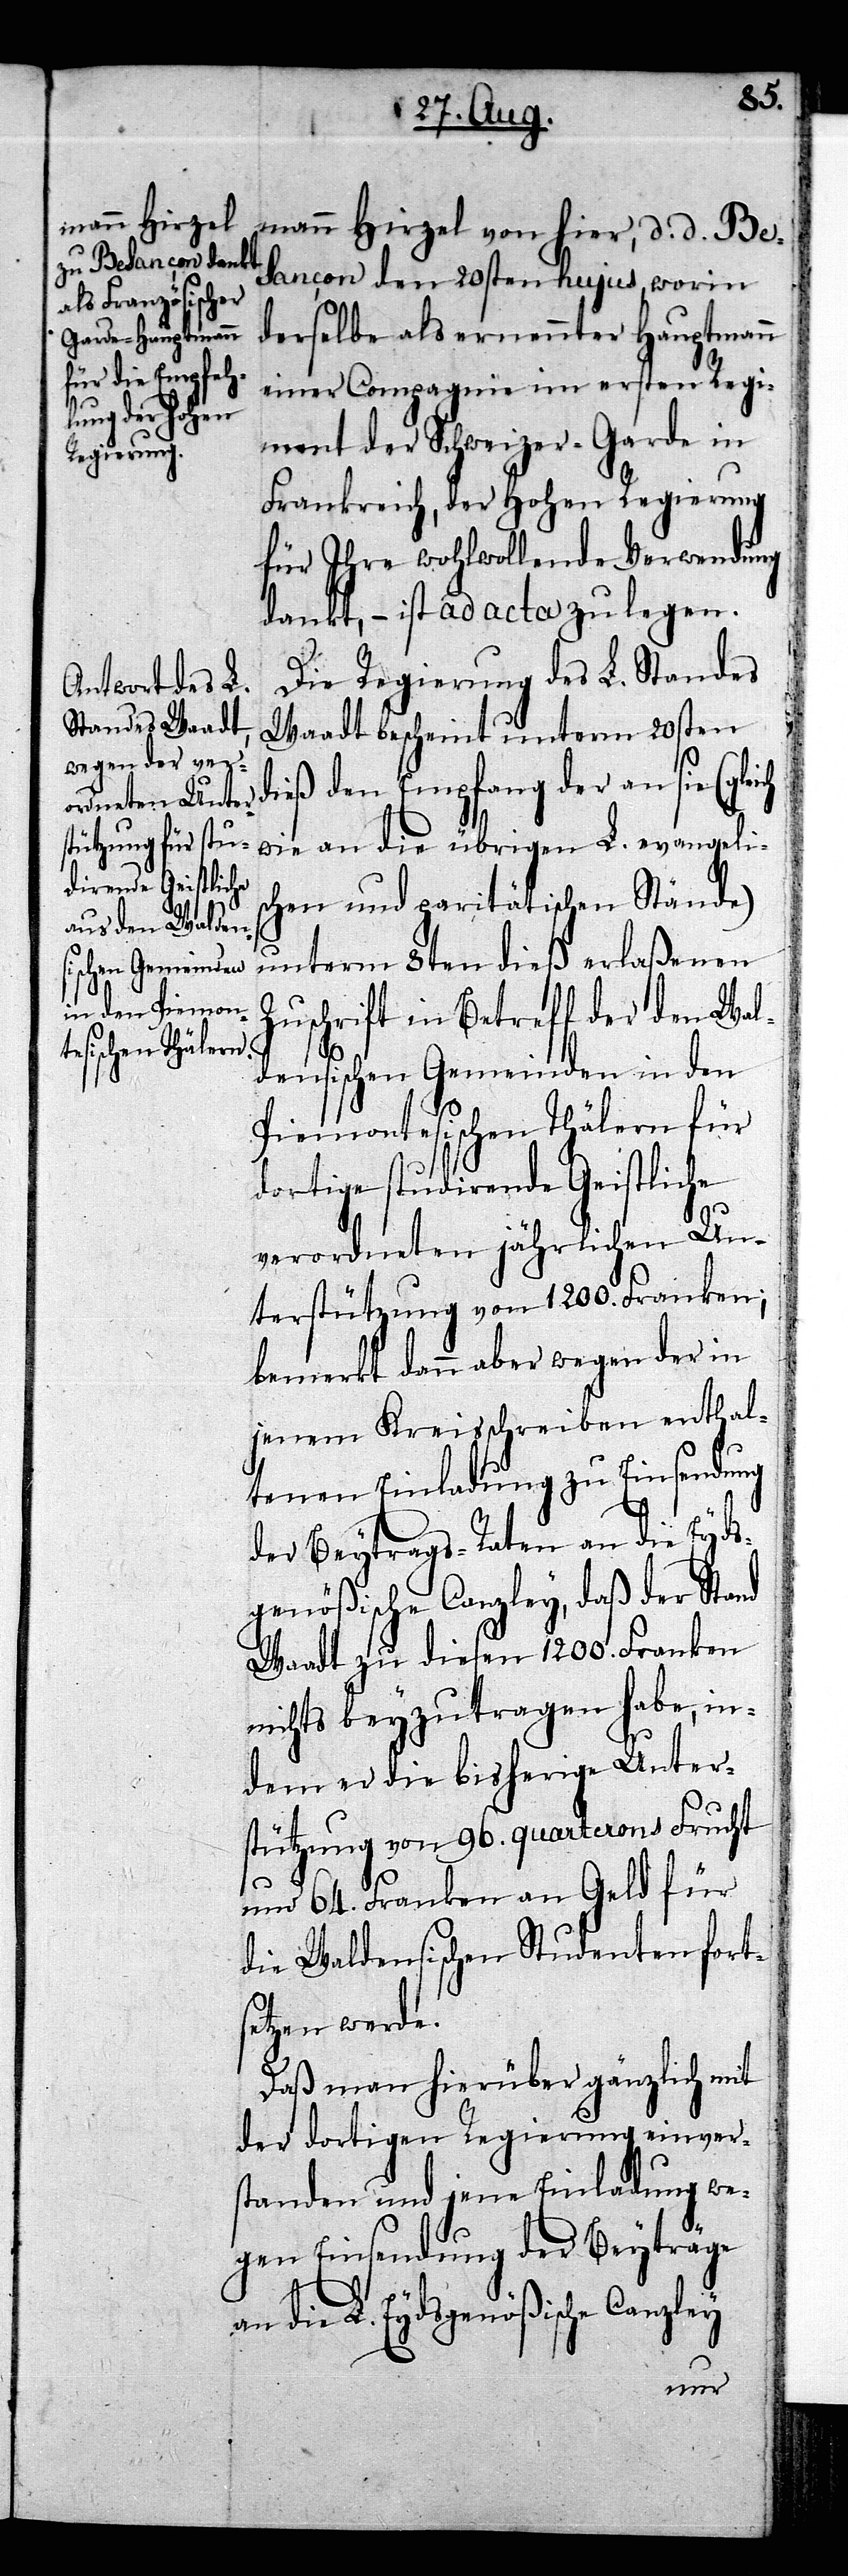
mann Hirzel von hier, d. d. Be¬
sançon den 20sten hujus, worin
derselbe als ernennter Hauptmann
einer Compagnie im ersten Regi¬
ch
ment der Schweizer-Garde in
Frankreich, der Hohen Regierung
für Ihre wohlwollende Verwendung
dankt, – ist ad acta zu legen.
Die Regierung des L. Standes
Waadt bescheint unterm 20sten
dieß den Empfang der an sie (glei¬
wie an die übrigen L. evangelis¬
chen und paritätischen Stände)
unterm 8ten dieß erlaßenen
Zuschrift in Betreff der den Wal¬
densischen Gemeinden in den
Piemontesischen Thälern für
dortige studirende Geistliche
verordneten jährlichen Un¬
terstützung von 1200. Franken;
bemerkt dann aber wegen der in
jenem Kreisschreiben enthal¬
tenen Einladung zu Einsendung
der Beytrags-Raten an die Eyds¬
genößische Canzley, daß der Stand
Waadt zu diesen 1200. Franken
nichts beyzutragen habe, in¬
dem er die bisherige Unter¬
stützung von 96. quarterons Frucht
um 64. Franken an Geld für
die Waldensischen Studenten forts¬
etzen werde.
Daß man hierüber gänzlich mit
der dortigen Regierung einvers¬
tanden und jene Einladung we¬
gen Einsendung der Beyträge
an die L. Eydsgenößische Canzley